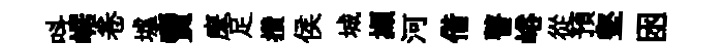
呌崌卷墟𧶠麾足攢侯城擷河借瞽峪從預壑囦